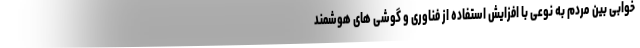
خوابی بین مردم به نوعی با افزایش استفاده از فناوری و گوشی های هوشمند